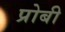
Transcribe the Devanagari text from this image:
प्रोबी